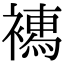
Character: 𧝄